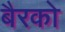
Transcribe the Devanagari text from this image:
बैरको